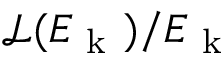
\mathcal { L } ( E _ { \mathrm { ~ k ~ } } ) / E _ { \mathrm { ~ k ~ } }